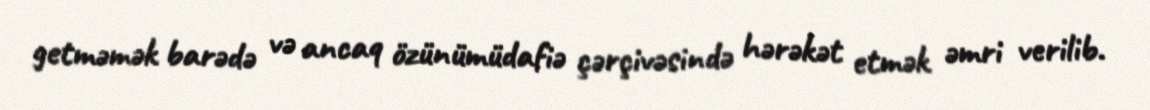
getməmək barədə və ancaq özünümüdafiə çərçivəsində hərəkət etmək əmri verilib.